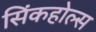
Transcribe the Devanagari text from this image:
सिंकहोल्स